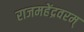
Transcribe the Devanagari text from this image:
राजमहेंद्रवरम्